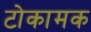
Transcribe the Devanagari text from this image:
टोकामक